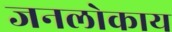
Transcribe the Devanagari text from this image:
जनलोकाय